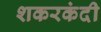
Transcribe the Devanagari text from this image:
शकरकंदी